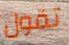
تقول